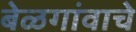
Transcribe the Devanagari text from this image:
बेळगांवाचे